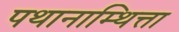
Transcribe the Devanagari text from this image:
पथानाम्थित्ता